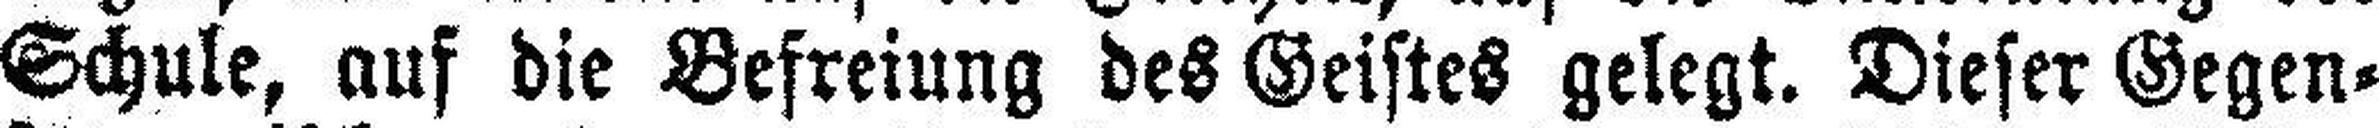
Schule, auf die Befreiung des Geistes gelegt. Dieser Gegen¬